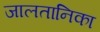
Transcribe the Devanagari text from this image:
जालतानिका